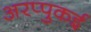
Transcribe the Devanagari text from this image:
अरप्पुकई